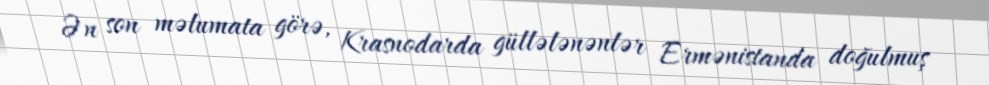
Ən son məlumata görə, Krasnodarda güllələnənlər Ermənistanda doğulmuş